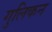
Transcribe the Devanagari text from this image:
गुलिकन